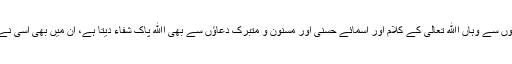
اسلام میں جہاں بیماریوں کے مادی علاج ہیں یعنی جڑی بوٹیوں اور دوائیوں سے وہاں اﷲ تعالی کے کلام اور اسمائے حسنی اور مسنون و متبرک دعاؤں سے بھی اﷲ پاک شفاء دیتا ہے، ان میں بھی اُسی نے تاثیر رکھی ہے مگر تمام تر تاثیر اس کے مشیت و ارادہ پر موقوف ہے۔